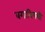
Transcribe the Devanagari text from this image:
वगाविषयी